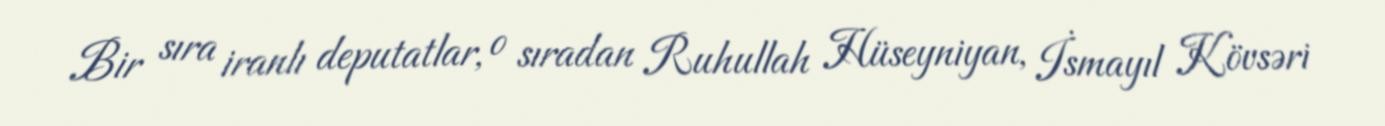
Bir sıra iranlı deputatlar, o sıradan Ruhullah Hüseyniyan, İsmayıl Kövsəri